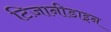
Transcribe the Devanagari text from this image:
टिज़ानीडाइन